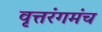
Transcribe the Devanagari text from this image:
वृत्तरंगमंच